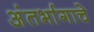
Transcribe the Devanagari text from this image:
अंतर्भागाचे